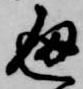
通